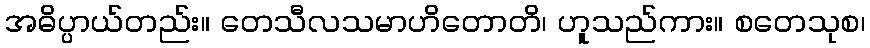
အဓိပ္ပာယ်တည်း။ တေသီလသမာဟိတောတိ၊ ဟူသည်ကား။ စတေသုစ၊